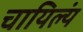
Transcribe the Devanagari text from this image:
चायिल्यं